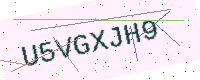
Text: U5VGXJH9